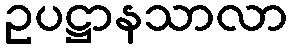
ဥပဋ္ဌာနသာလာ